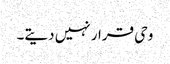
وحی قرار نہیں دیتے۔